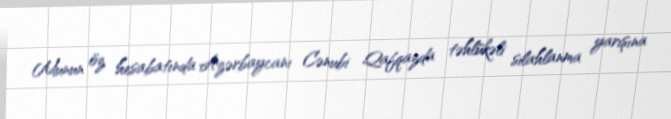
Munun öz hesabatında Azərbaycanı Cənubi Qafqazda təhlükəli silahlanma yarışına